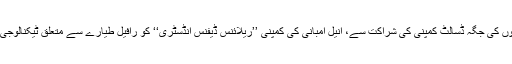
یہی نہیں، بلکہ ان دونوں سرکاری اداروں کی جگہ ڈسالٹ کمپنی کی شراکت سے، انیل امبانی کی کمپنی ’’ریلائنس ڈیفنس انڈسٹری‘‘ کو رافیل طیارے سے متعلق ٹیکنالوجی ٹرانسفر کی ذمہ داری سونپ دی گئی۔